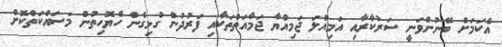
އެކަމަށް ބޭނުންވަނީ ސަރުކާރާއި އަމިއްލަ ޖަމިއްޔާ ޖަމާއަތްތަކާއި ފަރުދުން ގުޅިގެން ހެޔޮހިތުން މަސައްކަތްކޮށް